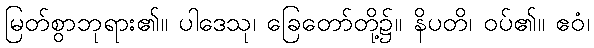
မြတ်စွာဘုရား၏။ ပါဒေသု၊ ခြေတော်တို့၌။ နိပတိ၊ ဝပ်၏။ ဧဝံ၊